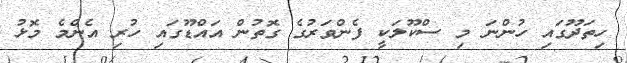
ހިތަދޫގައި ހުންނަ މި ސްކޫލަކީ ފެންވަރުގެ ގޮތުން އައްޑޫގައި ހުރި އެންމެ މޮޅު